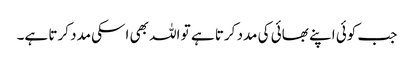
جب کوئی اپنے بھائی کی مدد کرتا ہے تو اللہ بھی اسکی مدد کرتا ہے۔